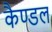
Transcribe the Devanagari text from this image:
कैण्डल